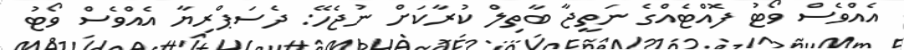
އެއްވެސް ވޯޓު ފޮއްޓެއްގެ ނަތީޖާ ބާތިލް ކުރާކަށް ނުޖެހޭ: ދެސަޕްރިޔާ އެއްވެސް ވޯޓު